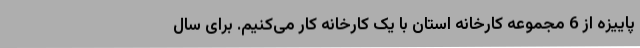
پاییزه از 6 مجموعه کارخانه استان با یک کارخانه کار می‌کنیم. برای سال